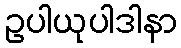
ဥပါယုပါဒါနာ